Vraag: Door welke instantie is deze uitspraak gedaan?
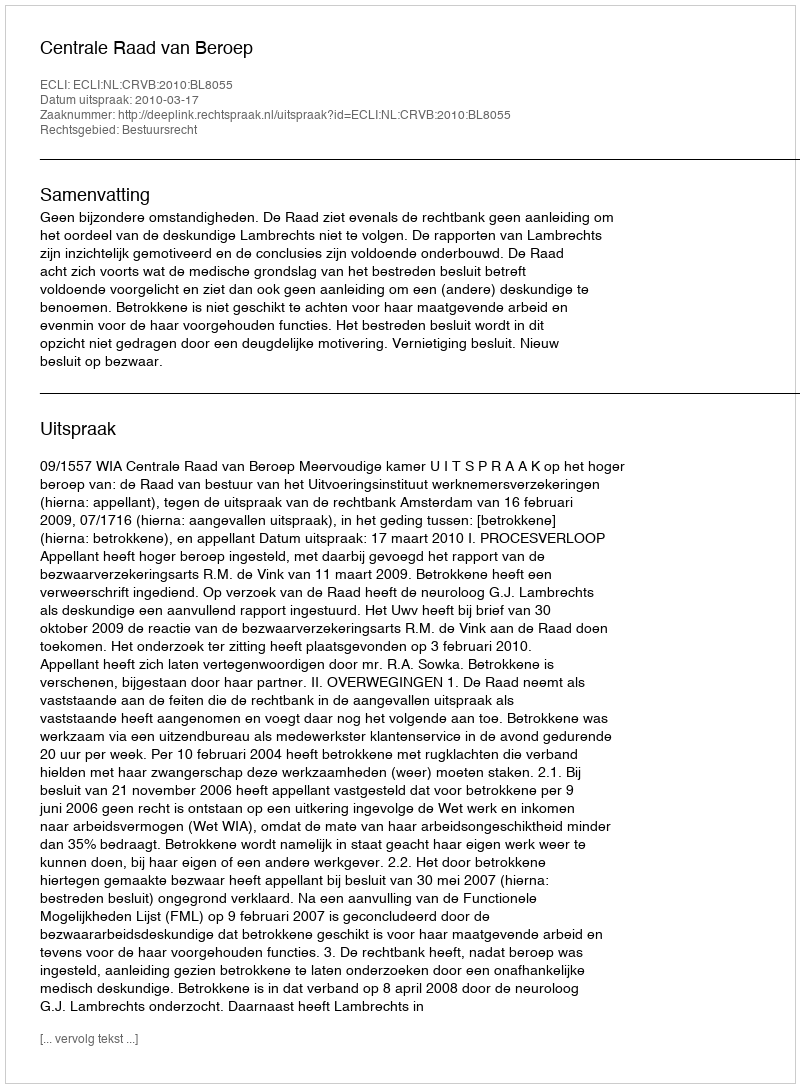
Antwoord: Centrale Raad van Beroep